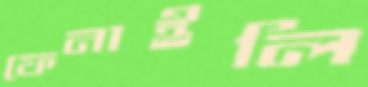
ফেনাইলি